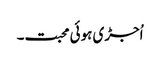
اُجڑی ہوئی محبت۔